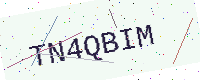
Text: TN4QBIM